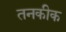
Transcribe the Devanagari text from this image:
तनकीक